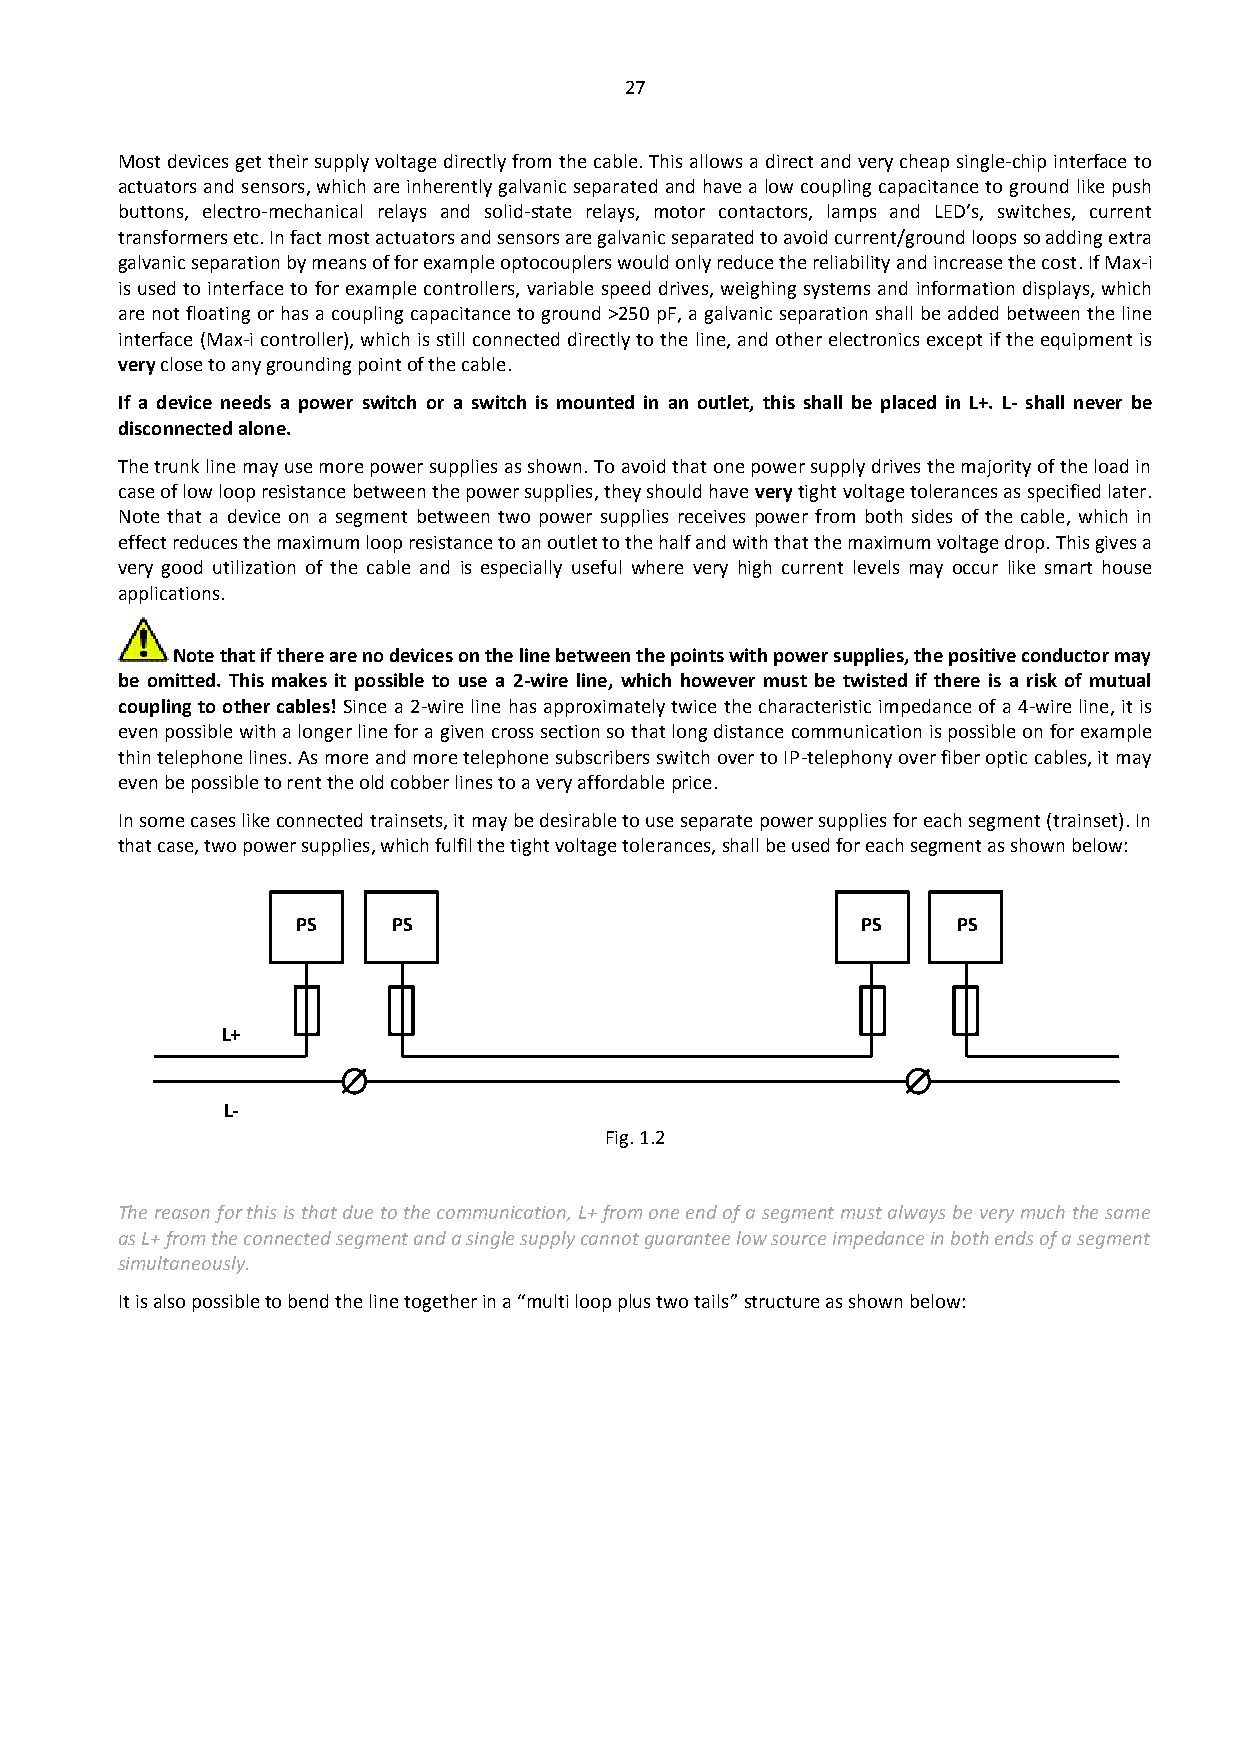
27
 Most devices get their supply voltage directly from the cable. This allows a direct and very cheap single-chip interface to
 actuators and sensors, which are inherently galvanic separated and have a low coupling capacitance to ground like push
 buttons, electro-mechanical relays and solid-state relays, motor contactors, lamps and LED’s, switches, current
 transformers etc. In fact most actuators and sensors are galvanic separated to avoid current/ground loops so adding extra
 galvanic separation by means of for example optocouplers would only reduce the reliability and increase the cost. If Max-i
 is used to interface to for example controllers, variable speed drives, weighing systems and information displays, which
 are not floating or has a coupling capacitance to ground >250 pF, a galvanic separation shall be added between the line
 interface (Max-i controller), which is still connected directly to the line, and other electronics except if the equipment is
 very close to any grounding point of the cable.
 If a device needs a power switch or a switch is mounted in an outlet, this shall be placed in L+. L- shall never be
 disconnected alone.
 The trunk line may use more power supplies as shown. To avoid that one power supply drives the majority of the load in
 case of low loop resistance between the power supplies, they should have very tight voltage tolerances as specified later.
 Note that a device on a segment between two power supplies receives power from both sides of the cable, which in
 effect reduces the maximum loop resistance to an outlet to the half and with that the maximum voltage drop. This gives a
 very good utilization of the cable and is especially useful where very high current levels may occur like smart house
 applications.
 Note that if there are no devices on the line between the points with power supplies, the positive conductor may
 be omitted. This makes it possible to use a 2-wire line, which however must be twisted if there is a risk of mutual
 coupling to other cables! Since a 2-wire line has approximately twice the characteristic impedance of a 4-wire line, it is
 even possible with a longer line for a given cross section so that long distance communication is possible on for example
 thin telephone lines. As more and more telephone subscribers switch over to IP-telephony over fiber optic cables, it may
 even be possible to rent the old cobber lines to a very affordable price.
 In some cases like connected trainsets, it may be desirable to use separate power supplies for each segment (trainset). In
 that case, two power supplies, which fulfil the tight voltage tolerances, shall be used for each segment as shown below:
 PS    PS                             PS    PS
 L+
 L-
 Fig. 1.2
 The reason for this is that due to the communication, L+ from one end of a segment must always be very much the same
 as L+ from the connected segment and a single supply cannot guarantee low source impedance in both ends of a segment
 simultaneously.
 It is also possible to bend the line together in a “multi loop plus two tails” structure as shown below: